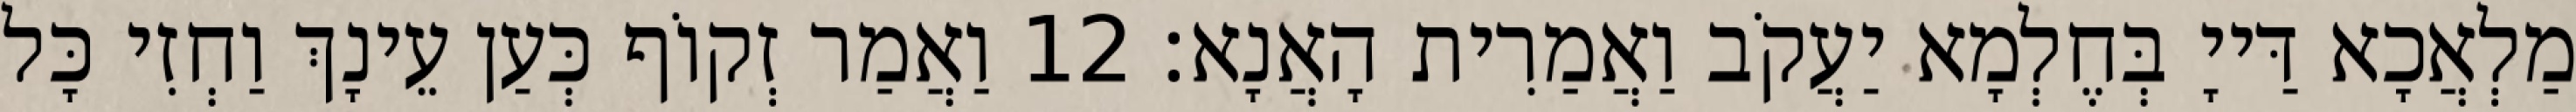
מַלְאֲכָא דַּייָ בְּחֶלְמָא יַעֲקֹב וַאֲמַרִית הָאֲנָא׃ 12 וַאֲמַר זְקוֹף כְּעַן עֵינָךְ וַחְזִי כָּל